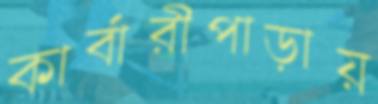
কার্বারীপাড়ায়